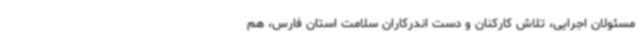
مسئولان اجرایی، تلاش کارکنان و دست اندرکاران سلامت استان فارس، هم